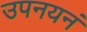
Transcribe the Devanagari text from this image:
उपनयनं